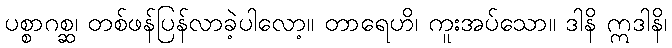
ပစ္စာဂစ္ဆ၊ တစ်ဖန်ပြန်လာခဲ့ပါလော့။ တာရေဟိ၊ ကူးအပ်သော။ ဒါနိ ဣဒါနိ၊